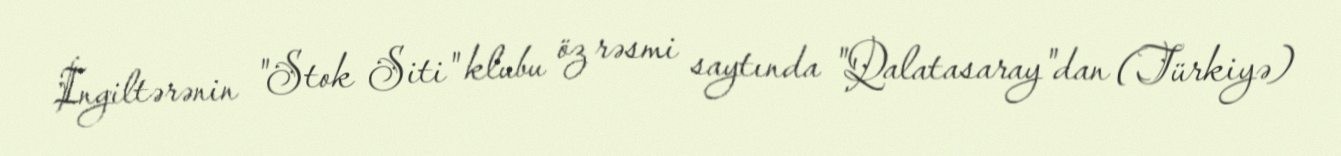
İngiltərənin "Stok Siti" klubu öz rəsmi saytında "Qalatasaray"dan (Türkiyə)